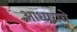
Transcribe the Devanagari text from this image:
आधाराचे